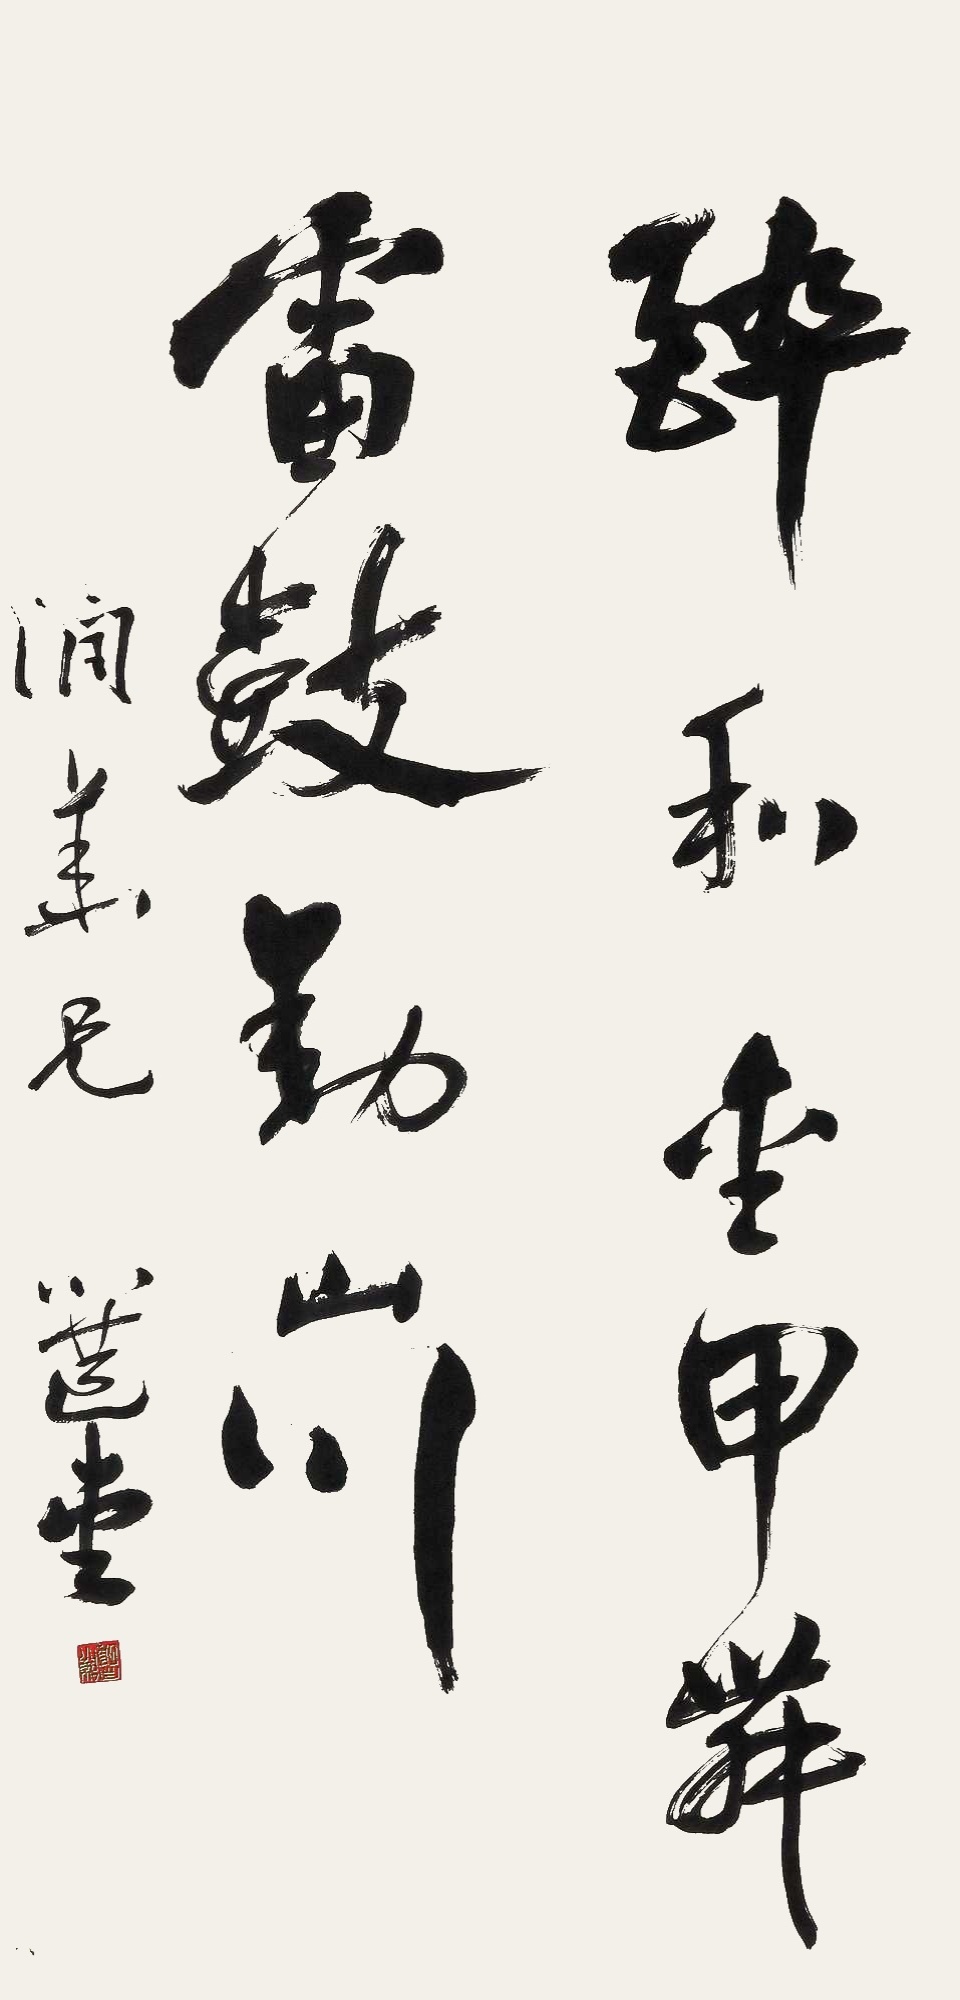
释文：醉和金甲舞，雷鼓动山川。润华兄。选堂。